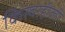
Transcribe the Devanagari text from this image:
किस्वाहीली